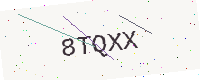
Text: 8TQXX